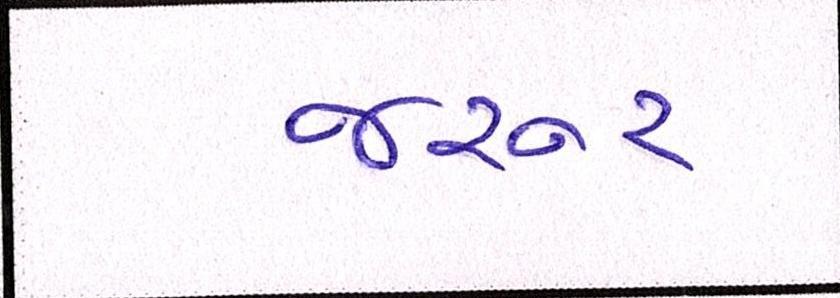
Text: જરૂર